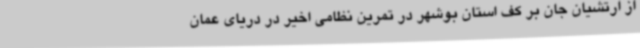
از ارتشیان جان بر کف استان بوشهر در تمرین نظامی اخیر در دریای عمان